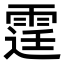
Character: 𨗒